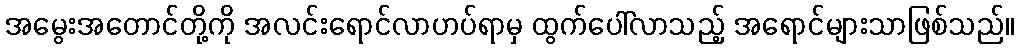
အမွေးအတောင်တို့ကို အလင်းရောင်လာဟပ်ရာမှ ထွက်ပေါ်လာသည့် အရောင်များသာဖြစ်သည်။